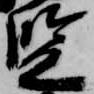
監